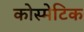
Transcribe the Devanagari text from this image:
कोस्मेटिक